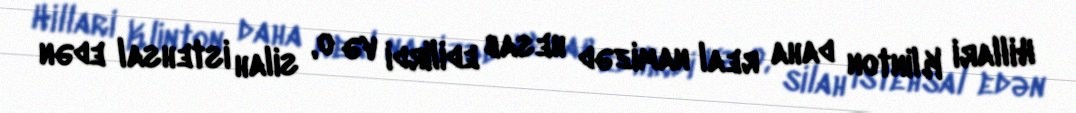
Hillari Klinton daha real namizəd hesab edilirdi və o, silah istehsal edən